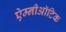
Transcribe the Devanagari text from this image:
ऐम्नीऑटिक